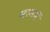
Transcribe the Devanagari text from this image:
माननॅ